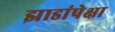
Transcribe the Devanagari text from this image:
झाडांपेक्षा